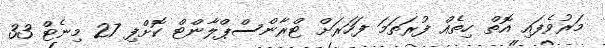
މަރުވެފައި އޮތް ހިތެއް ފުރަތަމަ ފަހަރަށް ޓްރާންސްޕްލާންޓް ކޮށްފި 27 މިނެޓް 33